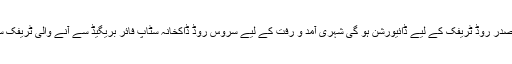
جلوس کے دوران ستارہ مارکیٹ سے بجانب اقبال ہال صدر روڈ ٹریفک کے لیے ڈائیورشن ہو گی شہری آمد و رفت کے لیے سروس روڈ ڈاکخانہ سٹاپ فائر بریگیڈ سے آنے والی ٹریفک سہروردی روڈ زیرو پوائنٹ فیصل ایونیو استعمال کریں۔